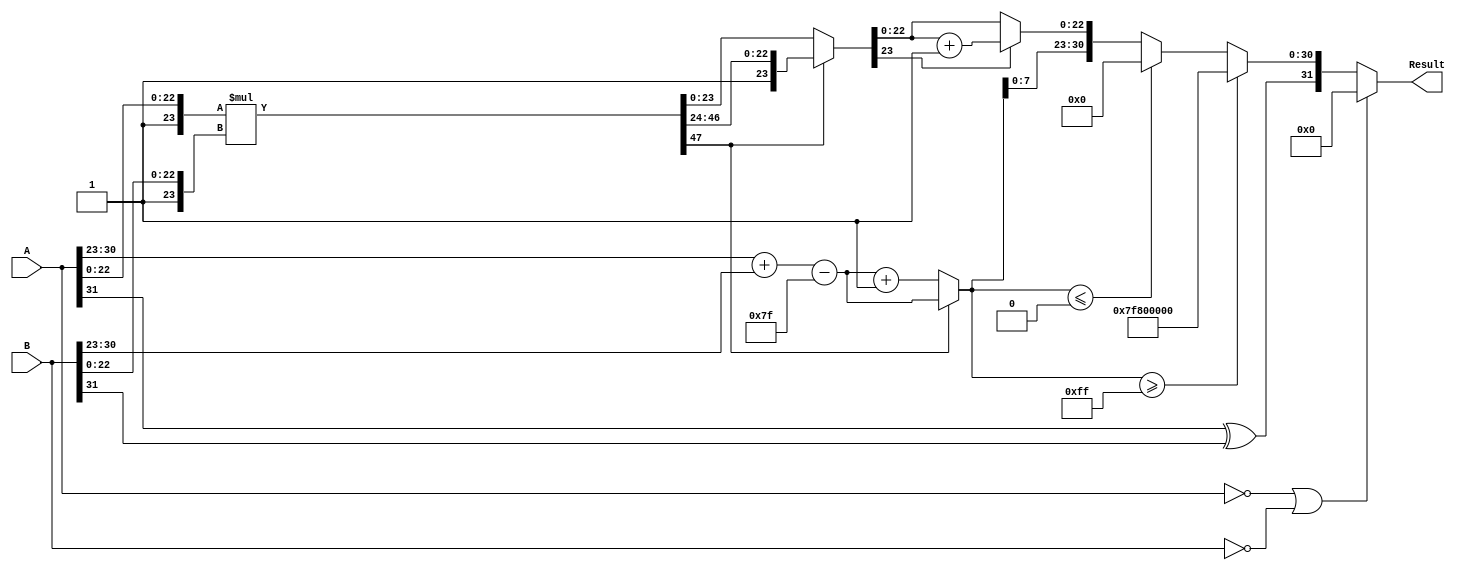
module floating_point_multiplier (
    input  [31:0] A,  // First operand
    input  [31:0] B,  // Second operand
    output [31:0] Result // Result of multiplication
);

    // Constants
    localparam BIAS = 8'd127;
    localparam EXPONENT_BITS = 8;
    localparam MANTISSA_BITS = 23;
    localparam MANTISSA_WIDTH = MANTISSA_BITS + 1; // Including implicit leading 1

    // Extract fields from inputs
    wire sign_A = A[31];
    wire [EXPONENT_BITS-1:0] exponent_A = A[30:23];
    wire [MANTISSA_BITS-1:0] mantissa_A = A[22:0];

    wire sign_B = B[31];
    wire [EXPONENT_BITS-1:0] exponent_B = B[30:23];
    wire [MANTISSA_BITS-1:0] mantissa_B = B[22:0];

    // Sign Calculation
    wire sign_result = sign_A ^ sign_B;

    // Exponent Calculation
    wire [EXPONENT_BITS:0] exponent_sum = {1'b0, exponent_A} + {1'b0, exponent_B} - BIAS;
    wire [EXPONENT_BITS-1:0] exponent_result = exponent_sum[EXPONENT_BITS:1]; // Take only the upper 8 bits

    // Mantissa Calculation
    wire [MANTISSA_WIDTH-1:0] mantissa_A_full = {1'b1, mantissa_A}; // Include implicit leading 1
    wire [MANTISSA_WIDTH-1:0] mantissa_B_full = {1'b1, mantissa_B}; // Include implicit leading 1
    wire [2*MANTISSA_WIDTH-1:0] mantissa_product = mantissa_A_full * mantissa_B_full; // 48-bit product

    // Normalization
    wire [MANTISSA_WIDTH-1:0] mantissa_normalized;
    wire [EXPONENT_BITS:0] exponent_adjusted;
    
    // Check if normalization is needed
    assign mantissa_normalized = mantissa_product[2*MANTISSA_WIDTH-1] ? mantissa_product[MANTISSA_WIDTH +: MANTISSA_WIDTH] : mantissa_product[MANTISSA_WIDTH - 1:0];
    assign exponent_adjusted = mantissa_product[2*MANTISSA_WIDTH-1] ? exponent_sum : exponent_sum + 1;

    // Rounding (round to nearest even)
    wire [MANTISSA_WIDTH-1:0] mantissa_rounded;
    assign mantissa_rounded = mantissa_normalized[MANTISSA_BITS] ? mantissa_normalized[MANTISSA_BITS-1:0] + 1 : mantissa_normalized[MANTISSA_BITS-1:0];

    // Handle edge cases: Zero, Overflow, Underflow
    wire is_zero_A = (A == 32'b0);
    wire is_zero_B = (B == 32'b0);
    wire [31:0] zero_result = 32'b0;
    
    wire [31:0] final_result;
    assign final_result = (is_zero_A || is_zero_B) ? zero_result :
                          (exponent_adjusted >= 8'b11111111) ? {sign_result, 8'b11111111, 23'b0} : // Overflow
                          (exponent_adjusted <= 0) ? {sign_result, 8'b0, 23'b0} : // Underflow
                          {sign_result, exponent_adjusted[EXPONENT_BITS-1:0], mantissa_rounded[MANTISSA_BITS-1:0]};

    // Assign final result to output
    assign Result = final_result;

endmodule